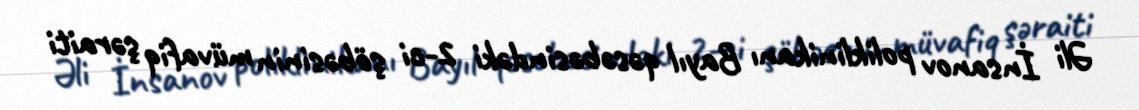
Əli İnsanov poliklinikanı Bayıl qəsəbəsindəki 2-ci şöbəsinin müvafiq şəraiti